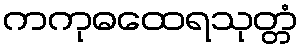
ကကုဓထေရသုတ္တံ